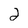
Character: 2